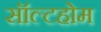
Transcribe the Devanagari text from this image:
सॉल्टहोम